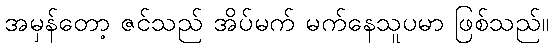
အမှန်တော့ ဇင်သည် အိပ်မက် မက်နေသူပမာ ဖြစ်သည်။